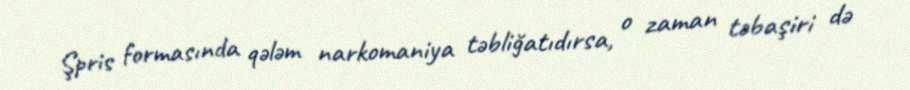
Şpris formasında qələm narkomaniya təbliğatıdırsa, o zaman təbaşiri də